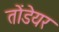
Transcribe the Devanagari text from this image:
तोंडेयर